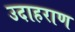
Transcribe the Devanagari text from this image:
उदाहराण